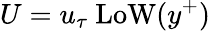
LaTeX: U=u_{\tau}~\mathrm{LoW}(y^{+})